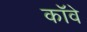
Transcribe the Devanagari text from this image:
कॉवे